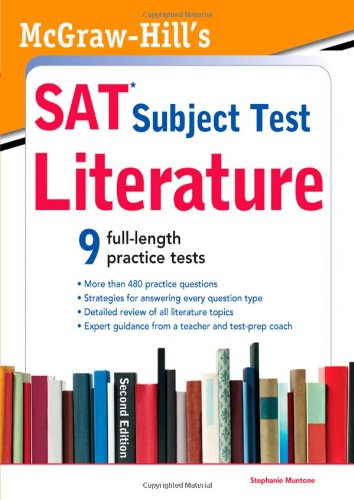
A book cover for McGraw-Hill's SAT Subject Test Literature, 2nd Edition (McGraw-Hill's SAT Literature); Stephanie Muntone; Test Preparation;